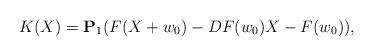
LaTeX: \begin{align*}{ K}(X)={\bf P}_1 (F (X+w_0) - DF( w_0) X - F( w_0)),\end{align*}